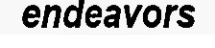
endeavors